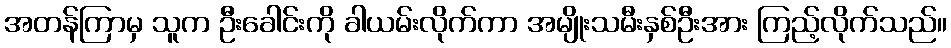
အတန်ကြာမှ သူက ဦးခေါင်းကို ခါယမ်းလိုက်ကာ အမျိုးသမီးနှစ်ဦးအား ကြည့်လိုက်သည်။